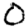
Digit: 0